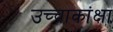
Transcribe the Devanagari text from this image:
उच्चाकांक्षा